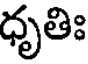
ధృతిః